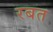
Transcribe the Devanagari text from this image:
रबत